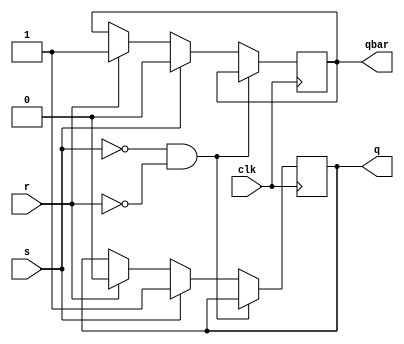
module rsf(input s, input r, input clk, output reg q, output reg qbar);
always@(posedge clk)
begin
if(s==0 && r==0)
begin
q<=q;
qbar<=qbar;
end
else if (s==1)
begin 
q<=1;
qbar<=0;
end
else if (r==1)
begin 
q<=0;
qbar<=1;
end
end
endmodule

module rsf_tb();
reg s,r,clk; wire q,qbar;
rsf u1(.s(s), .r(r), .clk(clk), .q(q), .qbar(qbar));

initial begin 
	$dumpfile("rsf_wr.vcd");
	$dumpvars(-1, u1);
end

always begin
clk= ~clk;#5;
end
initial begin
s=0;r=0;clk=0;#10;
s=1;r=0;#10;
s=0;r=1;#10;
s=0;r=0;#10;
#10 $finish;
end
endmodule